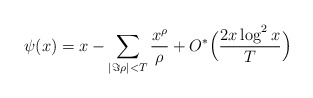
\begin{align*} \psi(x) = x - \sum_{|\Im \rho| < T} \frac{x^{\rho}}{\rho} + O^*\Big( \frac{ 2 x \log^2 x}{T} \Big)\end{align*}